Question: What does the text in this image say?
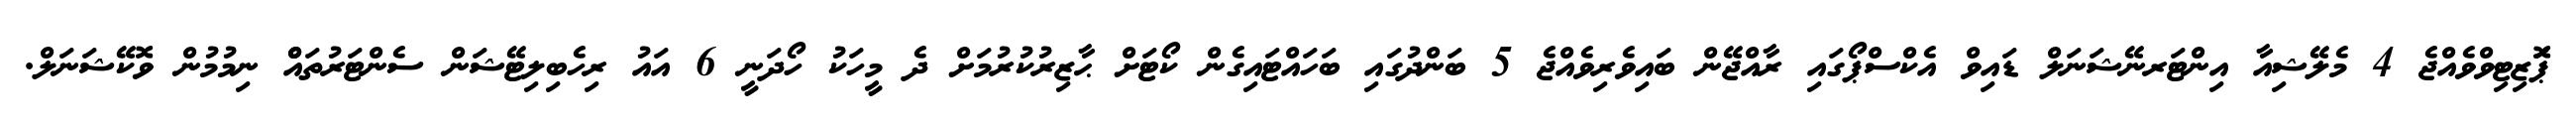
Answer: ޕަޮޒިޓިވްވެއްޖެ 4 މެލޭޝިއާ އިންޓަރނޭޝަނަލް ޑައިވް އެކްސްޕޯގައި ރާއްޖޭން ބައިވެރިވެއްޖެ 5 ބަންދުގައި ބަހައްޓައިގެން ކޯޓަށް ޙާޒިރުކުރުމަށް ދެ މީހަކު ހޯދަނީ 6 އައު ރިހެބިލިޓޭޝަން ސެންޓަރުތައްް ނިމުމުން ވޮކޭޝަނަލް.